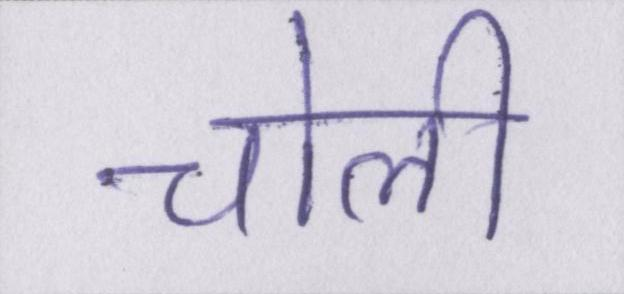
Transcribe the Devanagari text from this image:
चोली